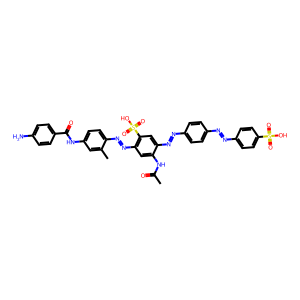
SMILES: CC(=O)Nc1cc(N=Nc2ccc(NC(=O)c3ccc(N)cc3)cc2C)c(S(=O)(=O)O)cc1N=Nc1ccc(N=Nc2ccc(S(=O)(=O)O)cc2)cc1
Inhibits HIV replication: Yes